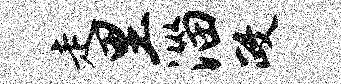
走里淄政